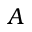
A